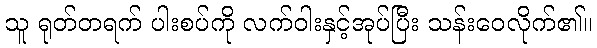
သူ ရုတ်တရက် ပါးစပ်ကို လက်ဝါးနှင့်အုပ်ပြီး သန်းဝေလိုက်၏။